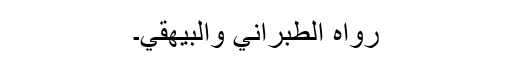
رَوَاہُ الطَّبَرَانِيُّ وَالْبَیْھَقِيُّ۔